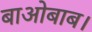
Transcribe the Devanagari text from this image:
बाओबाब।